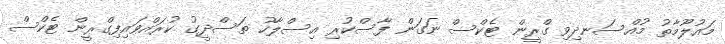
މައުލޫމާތު މުއްސަނދިވި ގްރީން ޓެކްސް ނަގަން ފާސްކުރި އިސްލާހު ތަސްދީގު ކުރައްވައިފިގްރީން ޓެކްސް